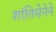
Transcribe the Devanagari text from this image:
शांतिसेनेने